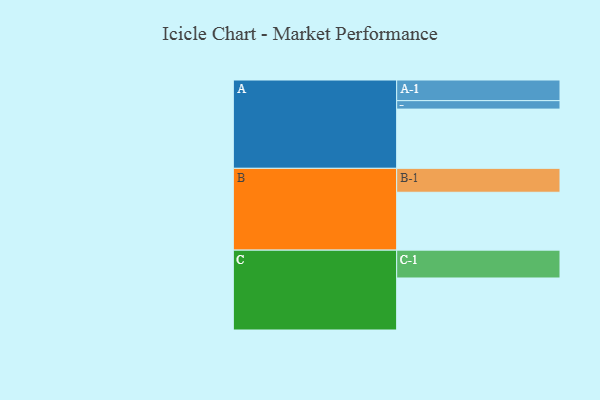
{"axis": {"x": "Segment", "y": "Value"}, "legend": ["", "A", "B", "C"], "data": [{"x": "A", "y": 525, "type": ""}, {"x": "B", "y": 513, "type": ""}, {"x": "C", "y": 461, "type": ""}, {"x": "A-1", "y": 183, "type": "A"}, {"x": "A-2", "y": 75, "type": "A"}, {"x": "B-1", "y": 212, "type": "B"}, {"x": "C-1", "y": 247, "type": "C"}]}